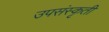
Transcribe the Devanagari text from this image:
उपसंस्कृती